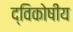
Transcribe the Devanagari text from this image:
द्विकोषीय